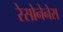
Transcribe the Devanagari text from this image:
रेसोनेनेस